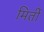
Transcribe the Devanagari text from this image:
मिर्ती